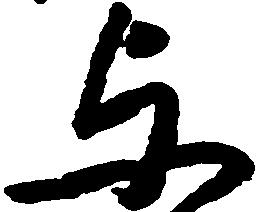
与